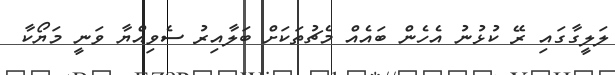
ލަލީގާގައި ރޭ ކުޅުނު އެހެން ބައެއް މެޗުތަކަށް ބަލާއިރު ސެވިއްޔާ ވަނީ މަޔޯކާ